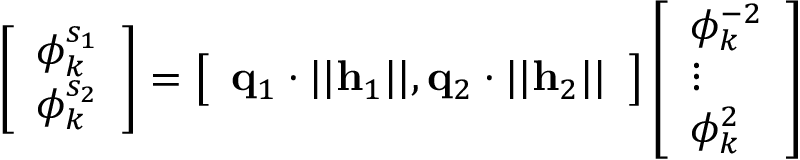
\left[ \begin{array} { l } { \phi _ { k } ^ { s _ { 1 } } } \\ { \phi _ { k } ^ { s _ { 2 } } } \end{array} \right] = \left[ \begin{array} { l } { \mathbf { q } _ { 1 } \cdot | | \mathbf { h } _ { 1 } | | , \mathbf { q } _ { 2 } \cdot | | \mathbf { h } _ { 2 } | | } \end{array} \right] \left[ \begin{array} { l } { \phi _ { k } ^ { - 2 } } \\ { \vdots } \\ { \phi _ { k } ^ { 2 } } \end{array} \right]